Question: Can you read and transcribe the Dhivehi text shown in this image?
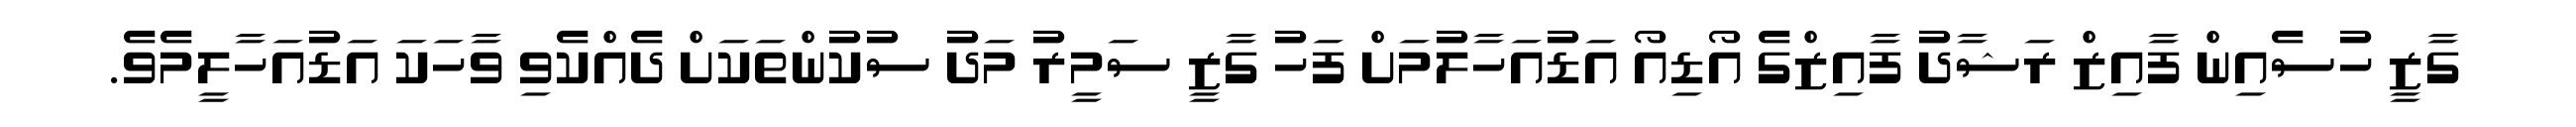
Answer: ގާޒީ ހުސެއިން ފާއިޒް ރަޝާދު ފާއިޒްގެ އޯޑިއޯ އަޑުއަހާލުމަށް ފަހު ގާޒީ ސަމީރު މަދު ސުކުންތަކަށް ދެއްކެވި ވާހަކަ އަޑުއަހާލީމެވެ.